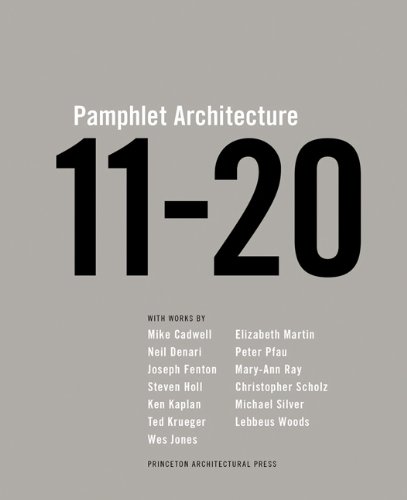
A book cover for Pamphlet Architecture 11-20; Steven Holl; Arts & Photography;